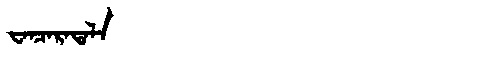
Manchu: ᠸᠠᠨᠴᠠᡵᠠᡨᠠᠯᠠ
Romanization: WANCARATALA